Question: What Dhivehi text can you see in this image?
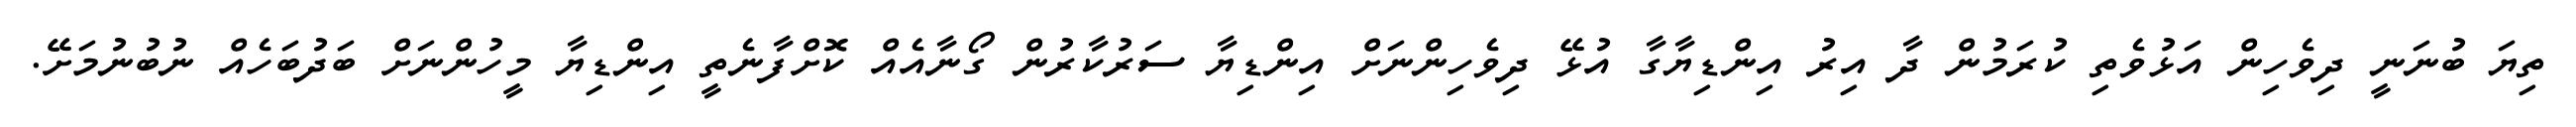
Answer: ތިޔަ ބުނަނީ ދިވެހިން އަޅުވެތި ކުރަމުން ދާ އިރު އިންޑިޔާގާ އުޅޭ ދިވެހިންނަށް އިންޑިޔާ ސަރުކާރުން ގޯނާއެއް ކޮށްފާނެތީ އިންޑިޔާ މީހުންނަށް ބަދުބަހެއް ނުބުނުމަށޭ.